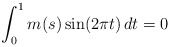
\begin{align*}\int_{0}^{1} m(s)\sin(2\pi t)\,dt = 0\end{align*}